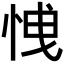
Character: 𢚕